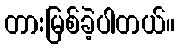
တားမြစ်ခဲ့ပါတယ်။